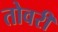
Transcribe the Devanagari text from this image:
तोवरी